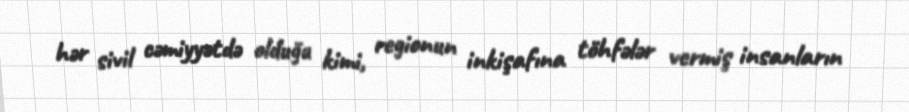
hər sivil cəmiyyətdə olduğu kimi, regionun inkişafına töhfələr vermiş insanların